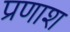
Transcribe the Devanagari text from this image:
प्रणाश